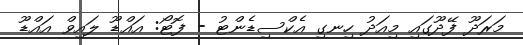
މަރަދޫ ފޭދޫގައި މިއަދު ހިނގި އެކްސިޑެންޓު - ފޮޓޯ: އައްޑޫ ލައިވް އައްޑޫ